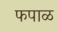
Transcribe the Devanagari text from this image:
फपाळ